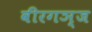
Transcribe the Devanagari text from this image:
वीरगञ्ज